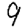
Digit: 9